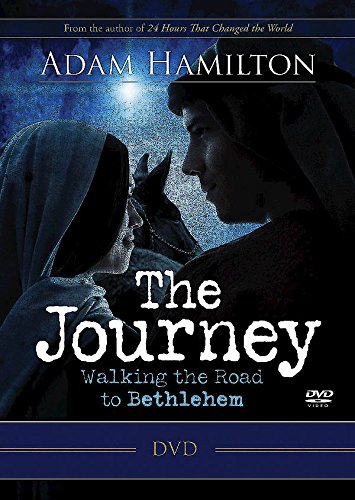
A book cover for The Journey DVD: Walking the Road to Bethlehem; Adam Hamilton; Christian Books & Bibles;